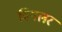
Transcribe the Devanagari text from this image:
विगलर